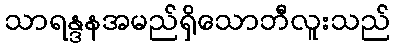
သာရန္ဒနအမည်ရှိသောဘီလူးသည်